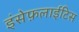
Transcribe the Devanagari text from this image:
इंसेफ़लाईटिस